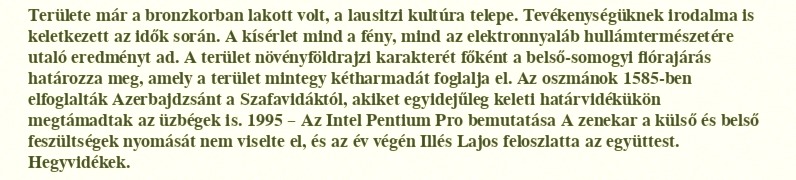
Területe már a bronzkorban lakott volt, a lausitzi kultúra telepe. Tevékenységüknek irodalma is keletkezett az idők során. A kísérlet mind a fény, mind az elektronnyaláb hullámtermészetére utaló eredményt ad. A terület növényföldrajzi karakterét főként a belső-somogyi flórajárás határozza meg, amely a terület mintegy kétharmadát foglalja el. Az oszmánok 1585-ben elfoglalták Azerbajdzsánt a Szafavidáktól, akiket egyidejűleg keleti határvidékükön megtámadtak az üzbégek is. 1995 – Az Intel Pentium Pro bemutatása A zenekar a külső és belső feszültségek nyomását nem viselte el, és az év végén Illés Lajos feloszlatta az együttest. Hegyvidékek.